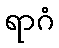
ရာဂံ